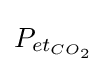
{P_{et_{CO_{2}}}}